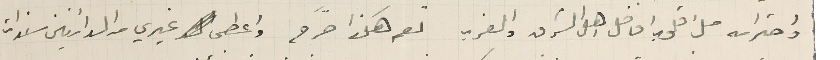
واحترامه ملء قلوب افاضل اهل الشرق والغرب نعم هكذا صرَّح واعطى غيري من الدائنين سندات